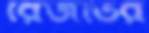
রেজভির